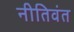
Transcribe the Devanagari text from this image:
नीतिवंत